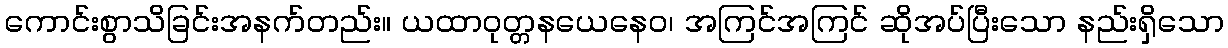
ကောင်းစွာသိခြင်းအနက်တည်း။ ယထာဝုတ္တနယေနေဝ၊ အကြင်အကြင် ဆိုအပ်ပြီးသော နည်းရှိသော